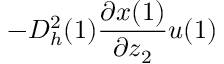
- D _ { h } ^ { 2 } ( 1 ) \frac { \partial x ( 1 ) } { \partial z _ { 2 } } u ( 1 )